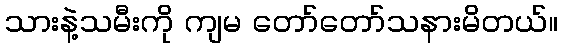
သားနဲ့သမီးကို ကျမ တော်တော်သနားမိတယ်။